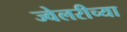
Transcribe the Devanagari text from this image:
ज्वेलरीच्या